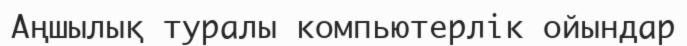
Аңшылық туралы компьютерлік ойындар